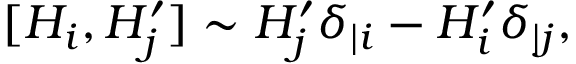
[ H _ { i } , H _ { j } ^ { \prime } ] \sim H _ { j } ^ { \prime } \delta _ { | i } - H _ { i } ^ { \prime } \delta _ { | j } ,